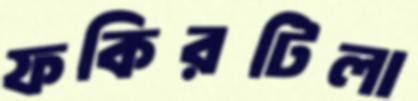
ফকিরটিলা